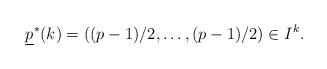
LaTeX: \begin{align*}{\underline p^*(k)=((p-1)/2,\ldots,(p-1)/2)\in I^k}.\end{align*}